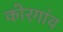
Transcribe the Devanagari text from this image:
कोरगांव